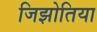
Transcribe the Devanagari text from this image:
जिझोतिया